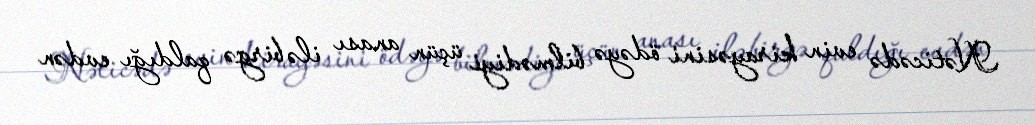
Nəticədə evin kirayəsini ödəyə bilmədiyi üçün anası ilə birgə qaldığı evdən